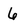
Character: 6